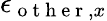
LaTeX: \epsilon_{\mathrm{~o~t~h~e~r~},x}